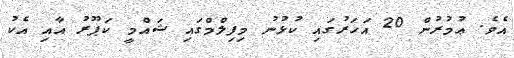
އެވެ. ޢުމުރުން 20 އަހަރުގައި ކުޅުނު މިފިލްމްގައި ޝައްމީ ކަޕޫރު އާއި އެކު